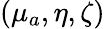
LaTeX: (\mu_{a},\eta,\zeta)